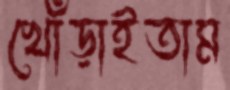
খোঁড়াইতাম